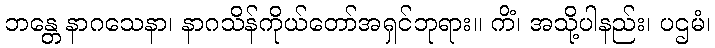
ဘန္တေ နာဂသေနာ၊ နာဂသိန်ကိုယ်တော်အရှင်ဘုရား။ ကိံ၊ အသို့ပါနည်း၊ ပဌမံ၊